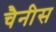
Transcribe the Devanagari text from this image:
चैनीस